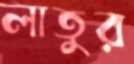
লাতুর